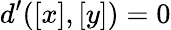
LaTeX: d^{\prime}([x],[y])=0